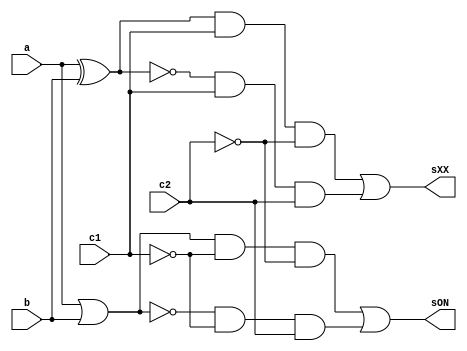
// ------------------------- 
// Exemplo0034
// Nome: Oswaldo Oliveira Paulino
// ------------------------- 

module LU (output sON, output sXX, input a, input b, input c1, input c2);
	wire notC1,notC2,xorAB,xnorAB,orAB,norAB,and1,and2,and3,and4;
	
	not NOT1   (notC1, c1);
	not NOT2   (notC2, c2);
	xor XOR1   (xorAB, a, b);
	xnor XNOR1 (xnorAB, a, b);
	or  OR1    (orAB, a, b);
	nor NOR1   (norAB, a, b);
	and AND1   (and1, xorAB, c1, notC2);
	and AND2   (and2, xnorAB, c1, c2);
	and AND3   (and3, orAB, notC1, notC2);
	and AND4   (and4, norAB, notC1, c2);
	or OR2     (sXX, and1, and2);
	or OR3     (sON, and3, and4);
endmodule 

module test_LU;
// ------------------------- definir dados
   reg x;
	reg y;
	reg c1;
	reg c2;
	wire w;
	wire z;
	
	LU modulo (w, z, x, y, c1, c2);
	
	initial begin: start
		x = 0; 
		y = 0;
		c1= 0;
		c2= 0;
	end
	
// ------------------------- parte principal
   initial begin
      $display("Exemplo0034 - Oswaldo Oliveira Paulino - 382175");
      $display("Test LU's module");
		$display ("---------------- CHAVE = 00 --------------------");
      $monitor("a = %b b = %b sOR = %b",x,y,w); 
		#1 
		x = 0; y = 1; c1 = 0; c2 = 0;  
		#1 
		x = 1; y = 0; c1 = 0; c2 = 0;
		#1
		x = 1; y = 1; c1 = 0; c2 = 0;
		#1
		$display ("---------------- CHAVE = 01 --------------------");
		$monitor("a = %b b = %b sNOR = %b",x,y,w);
		x = 0; y = 0; c1 = 0; c2 = 1;
		#1
		x = 0; y = 1; c1 = 0; c2 = 1;
		#1 
		x = 1; y = 0; c1 = 0; c2 = 1;
		#1 
		x = 1; y = 1; c1 = 0; c2 = 1;
		#1
		$display ("---------------- CHAVE = 10 --------------------");
		$monitor("a = %b b = %b sXOR = %b",x,y,z);
		x = 0; y = 0; c1 = 1; c2 = 0;
		#1
		x = 0; y = 1; c1 = 1; c2 = 0;
		#1 
		x = 1; y = 0; c1 = 1; c2 = 0;
		#1 
		x = 1; y = 1; c1 = 1; c2 = 0;
		#1
		$display ("---------------- CHAVE = 11 --------------------");
		$monitor("a = %b b = %b sXNOR = %b",x,y,z);
		x = 0; y = 0; c1 = 1; c2 = 1;
		#1
		x = 0; y = 1; c1 = 1; c2 = 1;
		#1 
		x = 1; y = 0; c1 = 1; c2 = 1;
		#1 
		x = 1; y = 1; c1 = 1; c2 = 1;			
   end
endmodule // test_LU

/*
    Exemplo0034 - Oswaldo Oliveira Paulino - 382175
    Test LU's module
    ---------------- CHAVE = 00 --------------------
    a = 0 b = 0 sOR = 0
    a = 0 b = 1 sOR = 1
    a = 1 b = 0 sOR = 1
    a = 1 b = 1 sOR = 1
    ---------------- CHAVE = 01 --------------------
    a = 0 b = 0 sNOR = 1
    a = 0 b = 1 sNOR = 0
    a = 1 b = 0 sNOR = 0
    a = 1 b = 1 sNOR = 0
    ---------------- CHAVE = 10 --------------------
    a = 0 b = 0 sXOR = 0
    a = 0 b = 1 sXOR = 1
    a = 1 b = 0 sXOR = 1
    a = 1 b = 1 sXOR = 0
    ---------------- CHAVE = 11 --------------------
    a = 0 b = 0 sXNOR = 1
    a = 0 b = 1 sXNOR = 0
    a = 1 b = 0 sXNOR = 0
    a = 1 b = 1 sXNOR = 1
*/